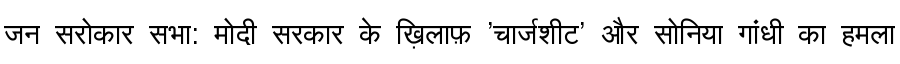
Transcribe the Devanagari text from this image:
जन सरोकार सभा: मोदी सरकार के ख़िलाफ़ 'चार्जशीट' और सोनिया गांधी का हमला